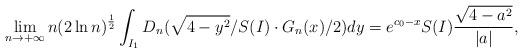
LaTeX: \begin{align*}\lim_{n\to+\infty}n(2\ln n)^{\frac{1}{2}}\int_{I_1}D_n(\sqrt{4-y^2}/S(I) \cdot G_n(x)/2)dy=e^{c_0-x}S(I)\frac{\sqrt{4-a^2}}{|a|},\end{align*}